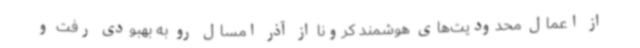
از اعمال محدودیت‌های هوشمند کرونا از آذر امسال رو به بهبودی رفت و